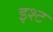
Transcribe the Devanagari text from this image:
इश्ट